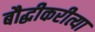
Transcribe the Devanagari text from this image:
बौद्धीकरीत्या